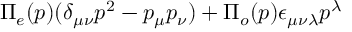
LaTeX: \Pi _ { e } ( p ) ( \delta _ { \mu \nu } p ^ { 2 } - p _ { \mu } p _ { \nu } ) + \Pi _ { o } ( p ) \epsilon _ { \mu \nu \lambda } p ^ { \lambda }